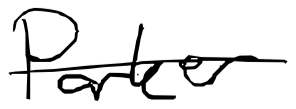
Text: Parker
Cross-out: single-line
Writing tool: digital_black